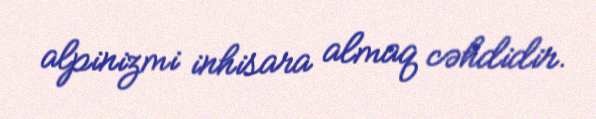
alpinizmi inhisara almaq cəhdidir.